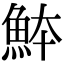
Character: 䱁